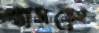
শাসতেম